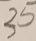
3 5